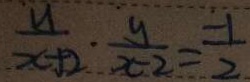
\frac { y } { x + 2 } \cdot \frac { y } { x - 2 } = \frac { - 1 } { 2 }